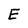
Character: E